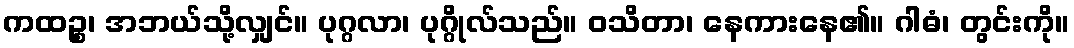
ကထဉ္စ၊ အဘယ်သို့လျှင်။ ပုဂ္ဂလာ၊ ပုဂ္ဂိုလ်သည်။ ဝသိတာ၊ နေကားနေ၏။ ဂါဓံ၊ တွင်းကို။